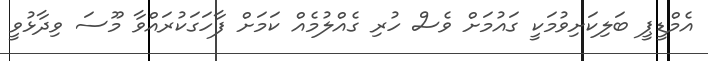
އެމްޑީޕީ ބަލިކަށިވުމަކީ ގައުމަށް ވެސް ހުރި ގެއްލުމެއް ކަމަށް ފާހަގަކުރައްވާ މޫސަ ވިދާޅުވީ